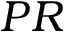
P R